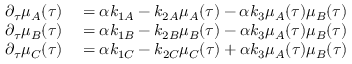
\begin{array} { r l } { \partial _ { \tau } \mu _ { A } ( \tau ) } & { { } = \alpha k _ { 1 A } - k _ { 2 A } \mu _ { A } ( \tau ) - \alpha k _ { 3 } \mu _ { A } ( \tau ) \mu _ { B } ( \tau ) } \\ { \partial _ { \tau } \mu _ { B } ( \tau ) } & { { } = \alpha k _ { 1 B } - k _ { 2 B } \mu _ { B } ( \tau ) - \alpha k _ { 3 } \mu _ { A } ( \tau ) \mu _ { B } ( \tau ) } \\ { \partial _ { \tau } \mu _ { C } ( \tau ) } & { { } = \alpha k _ { 1 C } - k _ { 2 C } \mu _ { C } ( \tau ) + \alpha k _ { 3 } \mu _ { A } ( \tau ) \mu _ { B } ( \tau ) } \end{array}